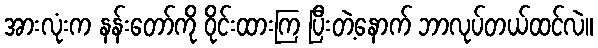
အားလုံးက နန်းတော်ကို ဝိုင်းထားကြ ပြီးတဲ့နောက် ဘာလုပ်တယ်ထင်လဲ။